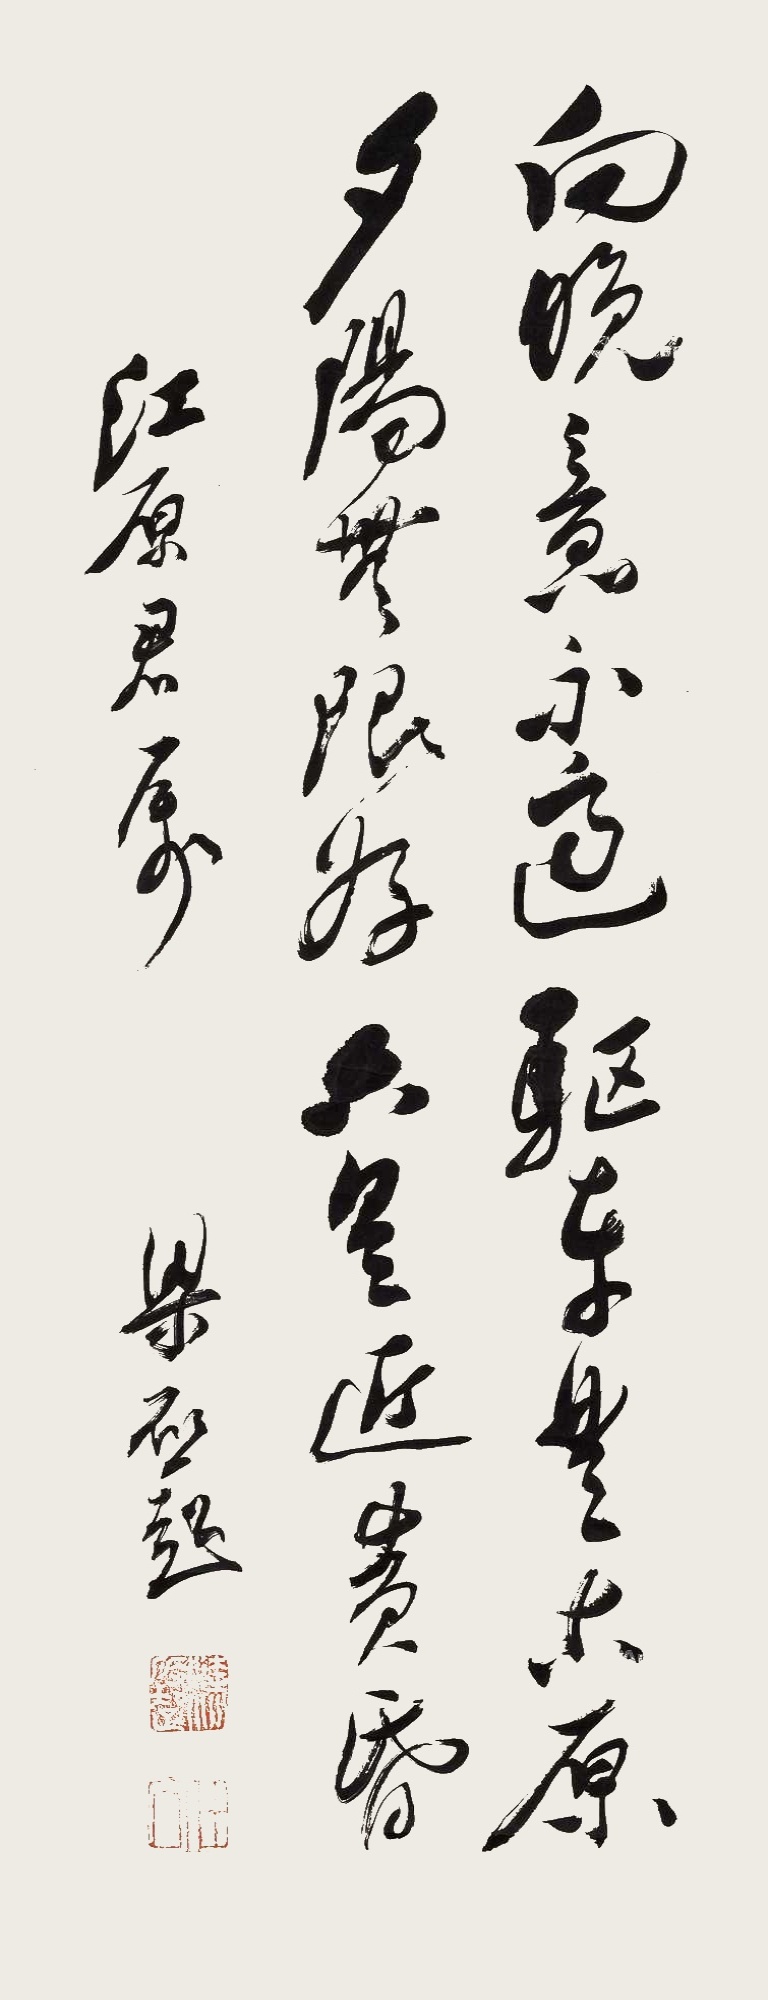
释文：向晚意不适，驱车登古原。夕阳无限好，只是近黄昏。江原君属。梁启超。